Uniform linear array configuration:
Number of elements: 4
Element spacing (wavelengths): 1
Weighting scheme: hamming
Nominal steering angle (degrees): -45
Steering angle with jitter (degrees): -46.471
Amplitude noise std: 0.05
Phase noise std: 0.05

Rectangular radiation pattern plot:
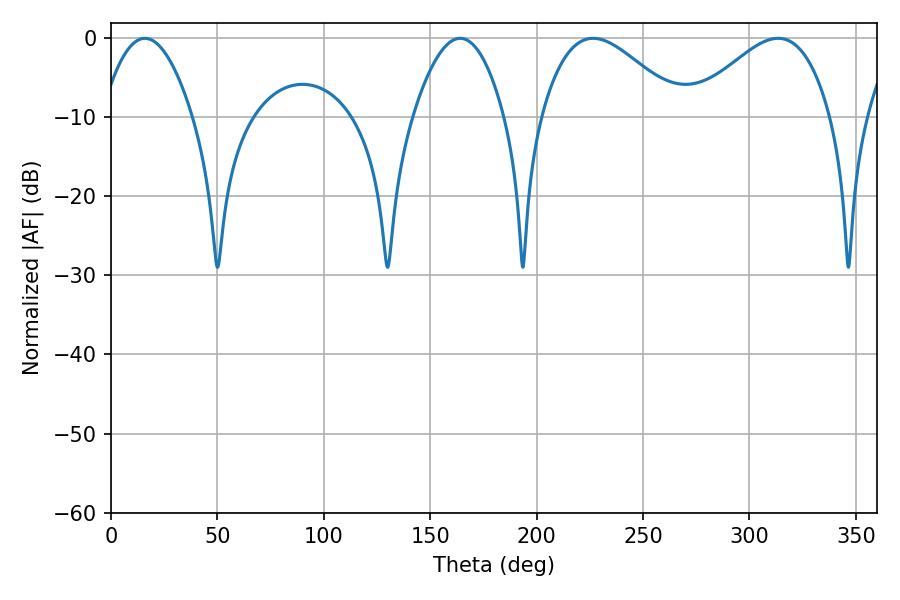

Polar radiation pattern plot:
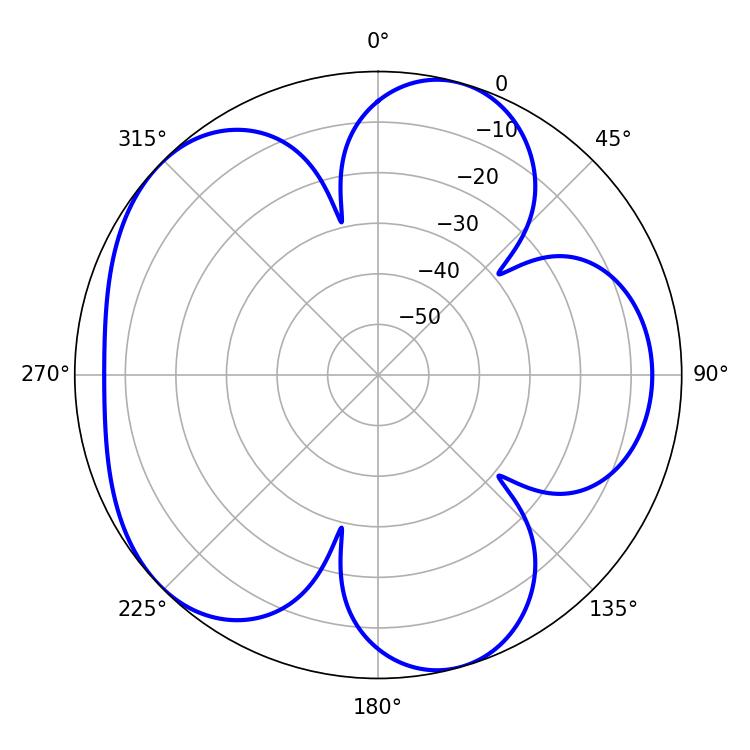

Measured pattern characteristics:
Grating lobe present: TRUE
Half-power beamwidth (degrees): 35.46
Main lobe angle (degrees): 313.56